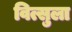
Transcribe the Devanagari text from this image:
वित्सुला